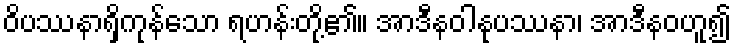
ဝိပဿနာရှိကုန်သော ရဟန်းတို့၏။ အာဒီနဝါနုပဿနာ၊ အာဒီနဝဟူ၍